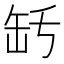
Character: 𦈤